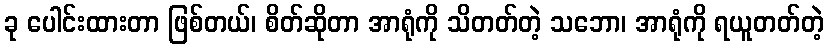
ခု ပေါင်းထားတာ ဖြစ်တယ်၊ စိတ်ဆိုတာ အာရုံကို သိတတ်တဲ့ သဘော၊ အာရုံကို ရယူတတ်တဲ့